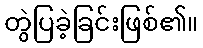
တွဲပြခဲ့ခြင်းဖြစ်၏။